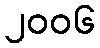
၂၀၀၆